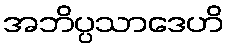
အဘိပ္ပသာဒေဟိ